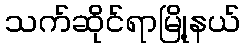
သက်ဆိုင်ရာမြို့နယ်